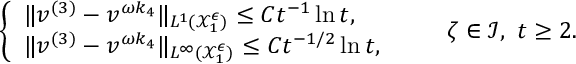
\begin{array} { r } { \left\{ \begin{array} { l l } { \| v ^ { ( 3 ) } - v ^ { \omega k _ { 4 } } \| _ { L ^ { 1 } ( \mathcal { X } _ { 1 } ^ { \epsilon } ) } \leq C t ^ { - 1 } \ln t , } \\ { \| v ^ { ( 3 ) } - v ^ { \omega k _ { 4 } } \| _ { L ^ { \infty } ( \mathcal { X } _ { 1 } ^ { \epsilon } ) } \leq C t ^ { - 1 / 2 } \ln t , } \end{array} \right. \qquad \zeta \in \mathcal { I } , \ t \geq 2 . } \end{array}